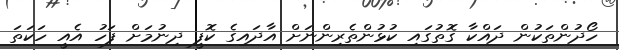
ހޯދުންތަކުން ދައްކާ ގޮތުގައި ކުޅުންތެރިންނަށް އާދައިގެ ކޮފީ ދިނުމަށް ފަހު އެއީ ހަކަތަ